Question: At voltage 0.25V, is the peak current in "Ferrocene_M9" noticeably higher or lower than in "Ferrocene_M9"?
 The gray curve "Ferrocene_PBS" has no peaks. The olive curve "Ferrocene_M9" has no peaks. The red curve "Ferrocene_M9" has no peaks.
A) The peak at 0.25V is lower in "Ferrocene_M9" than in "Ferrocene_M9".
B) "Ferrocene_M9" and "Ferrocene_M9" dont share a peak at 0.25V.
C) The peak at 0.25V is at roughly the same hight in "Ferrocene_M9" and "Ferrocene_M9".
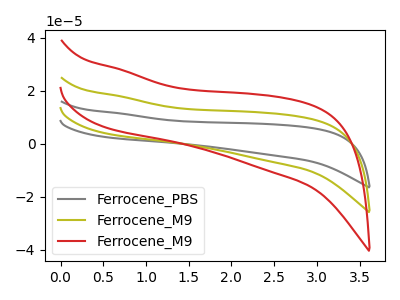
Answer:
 <answer>B) "Ferrocene_M9" and "Ferrocene_M9" dont share a peak at 0.25V.</answer>
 <eval>B</eval>